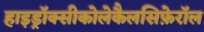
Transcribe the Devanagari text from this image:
हाइड्रॉक्सीकोलेकैलसिफ़ेरॉल